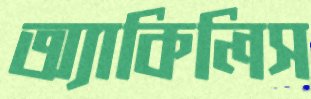
অ্যাকিলিস